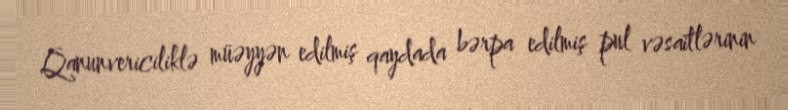
Qanunvericiliklə müəyyən edilmiş qaydada bərpa edilmiş pul vəsaitlərinin